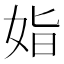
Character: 𡜖